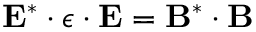
\mathbf { E } ^ { * } \cdot \boldsymbol { \epsilon } \cdot \mathbf { E } = \mathbf { B } ^ { * } \cdot \mathbf { B }